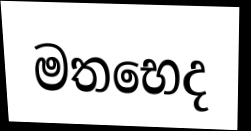
මතභෙද